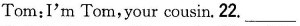
Tom:I'm Tom,your cousin. 22.___